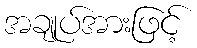
အချုပ်အားဖြင့်